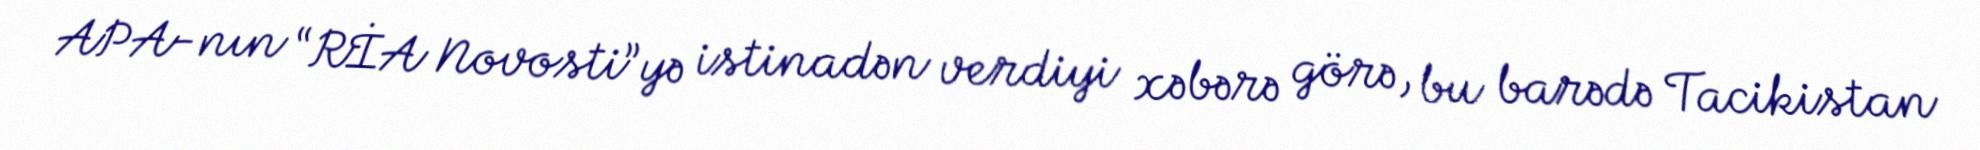
APA-nın “RİA Novosti”yə istinadən verdiyi xəbərə görə, bu barədə Tacikistan